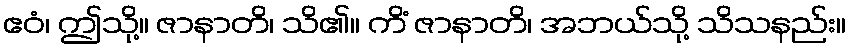
ဧဝံ၊ ဤသို့။ ဇာနာတိ၊ သိ၏။ ကိံ ဇာနာတိ၊ အဘယ်သို့ သိသနည်း။